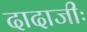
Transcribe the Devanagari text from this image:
दादाजीः